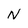
Character: N